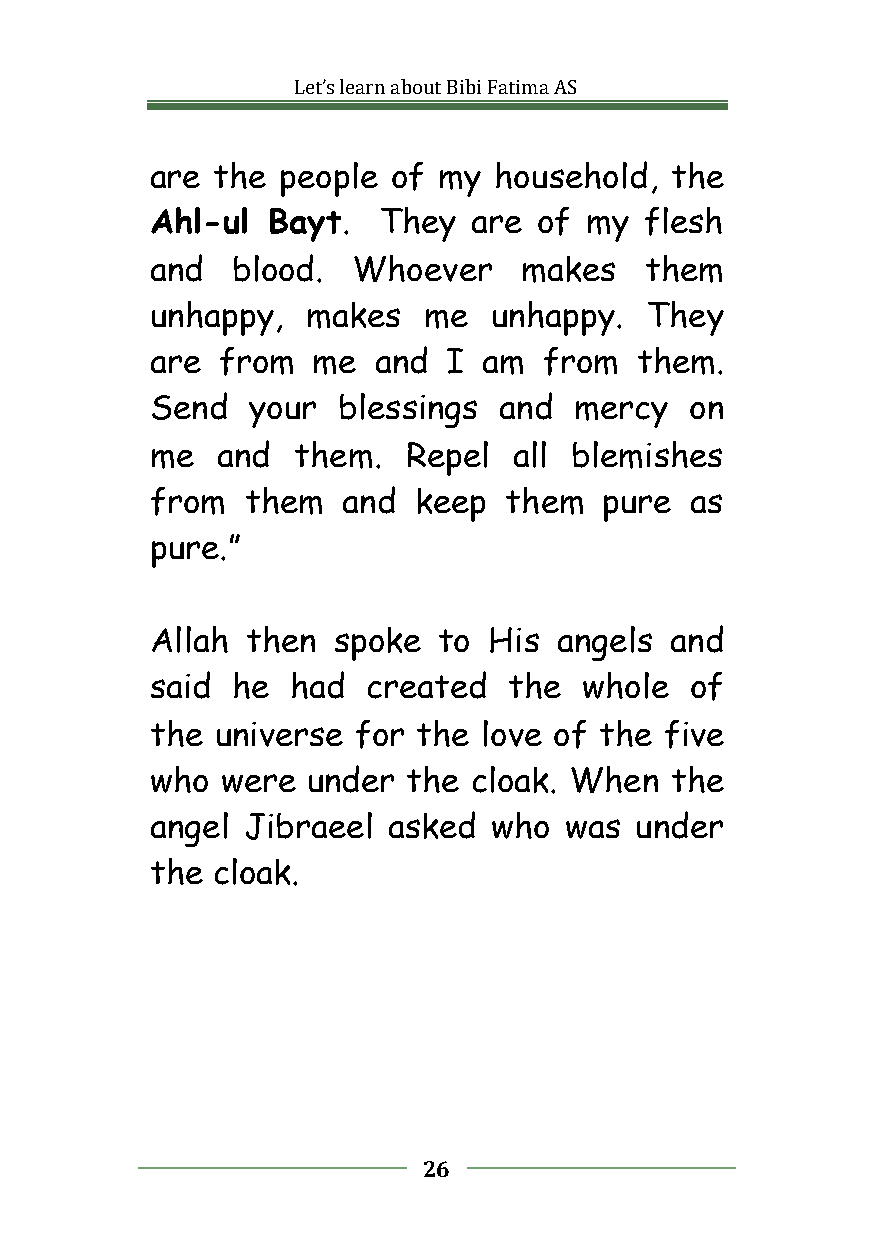
Let’slearnaboutBibiFatimaAS
 are the  people of my  household, the
 Ahl-ul  Bayt.  They  are  of my  flesh
 and  blood.  Whoever    makes    them
 unhappy,  makes   me   unhappy.  They
 are from   me  and  I am  from  them.
 Send  your  blessings  and  mercy   on
 me  and  them.   Repel  all blemishes
 from  them   and keep  them   pure  as
 pure.”
 Allah then  spoke  to His  angels and
 said he  had  created   the  whole  of
 the universe for  the love of the five
 who  were under  the cloak. When  the
 angel Jibraeel  asked  who was  under
 the cloak.
 26